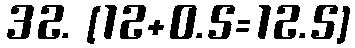
32. [12+0.5=12.5]